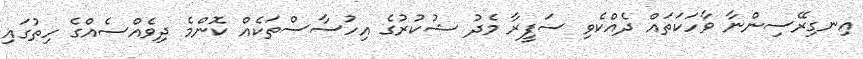
އިނގިރޭސިންނާ ވާހަކަތައް ދެއްކެވި ސަފީރާ މެދު ޝުކުރުގެ އިހުސާސްތަކެއް ކޮންމެ ދިވެއްސެއްގެ ހިތުގައި